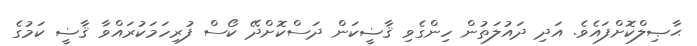
ޙާޞިލްކޮށްފައެވެ. އަދި ދައުލަތުން ހިންގެވި ޤާޟީކަން ދަސްކޮށްދޭ ކޯސް ފުރިހަމަކުރައްވާ ޤާޟީ ކަމުގެ